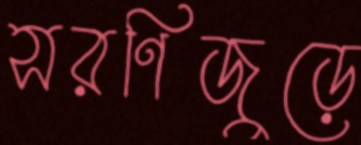
সরণিজুড়ে